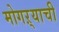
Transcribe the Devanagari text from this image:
मोगऱ्याची